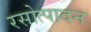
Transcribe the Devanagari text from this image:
रसोत्पादन